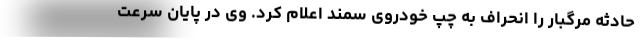
حادثه مرگبار را انحراف به چپ خودروی سمند اعلام کرد. وی در پایان سرعت